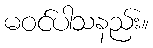
မဝင်ပါသနည်း။